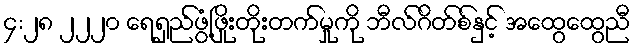
၄:၂၈ ၂၂၂၀ ရေရှည်ဖွံ့ဖြိုးတိုးတက်မှုကို ဘီလ်ဂိတ်စ်နှင့် အထွေထွေညီ